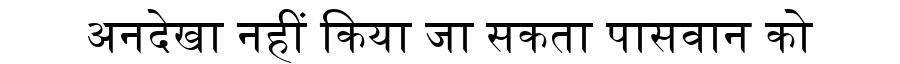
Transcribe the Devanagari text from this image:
अनदेखा नहीं किया जा सकता पासवान को